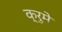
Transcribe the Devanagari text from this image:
क्रुमे